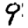
Digit: 9